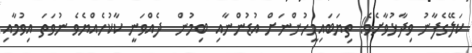
ކަލޭގެފާނު ވިދާޅުވާށެވެ! ތިޔަބައިމީހުންނަށް އުޑުންނާއި ބިމުން  ދެއްވަނީ ކާކުހެއްޔެވެ ނުވަތަ އިވުމާއި